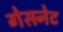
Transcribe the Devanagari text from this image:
गेसनेट